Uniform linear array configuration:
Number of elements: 48
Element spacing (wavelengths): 1
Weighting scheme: hann
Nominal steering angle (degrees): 30
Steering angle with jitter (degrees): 31.548
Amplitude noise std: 0.05
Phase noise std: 0.05

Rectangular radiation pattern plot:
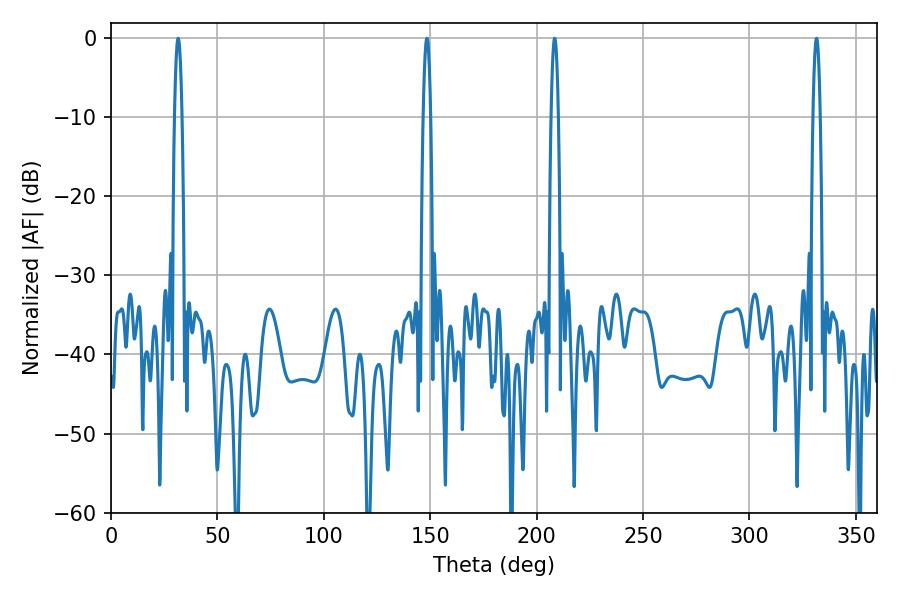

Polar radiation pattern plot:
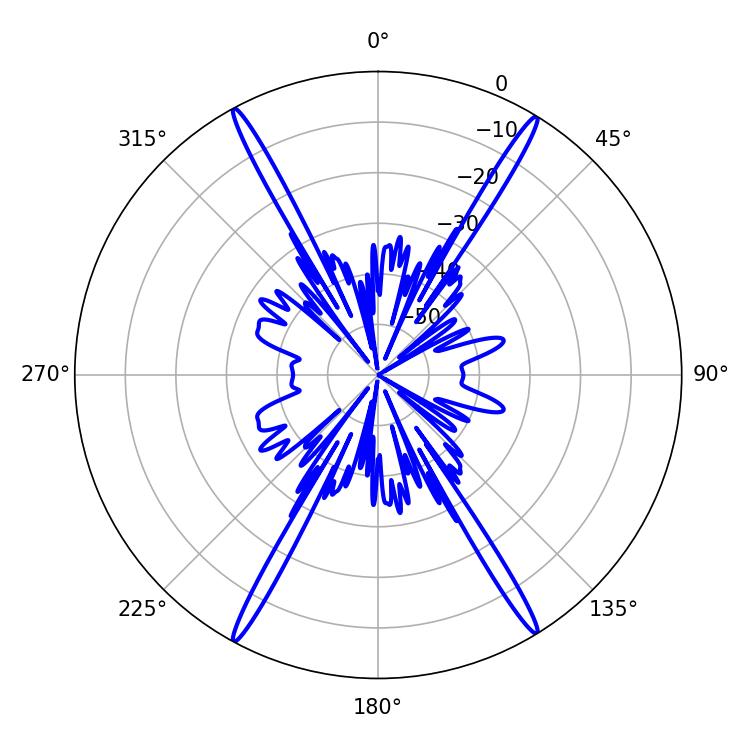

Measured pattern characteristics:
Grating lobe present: TRUE
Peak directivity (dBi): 26.507
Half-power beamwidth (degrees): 1.8
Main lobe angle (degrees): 208.44